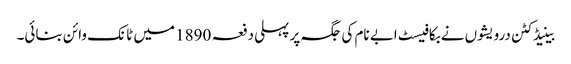
بینیڈکٹن درویشوں نے بکافیسٹ ابے نام کی جگہ پر پہلی دفعہ 1890 میں ٹانک وائن بنائی۔